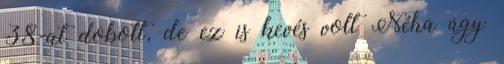
38-at dobott, de ez is kevés volt Néha úgy